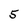
Character: 5